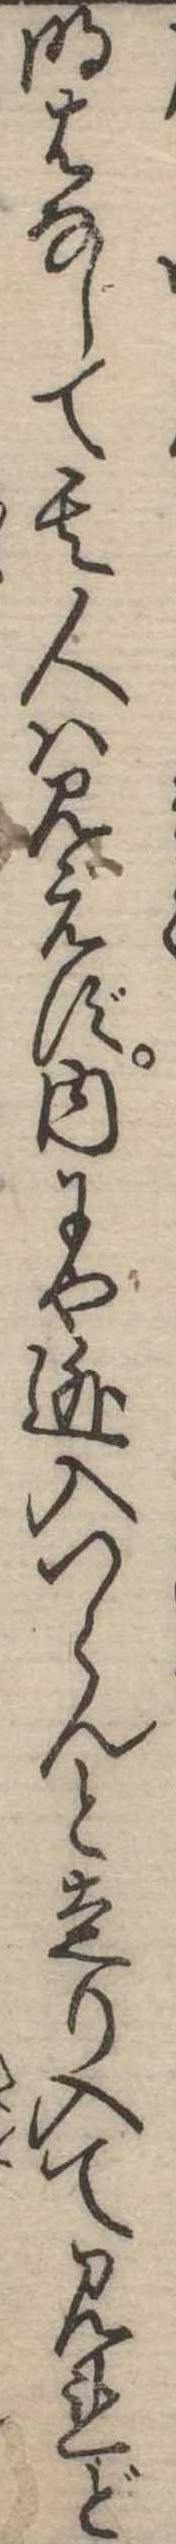
明はなして其人は見えず内にや逃入つらんと走り入て見れど